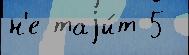
н'е таjи́т 5